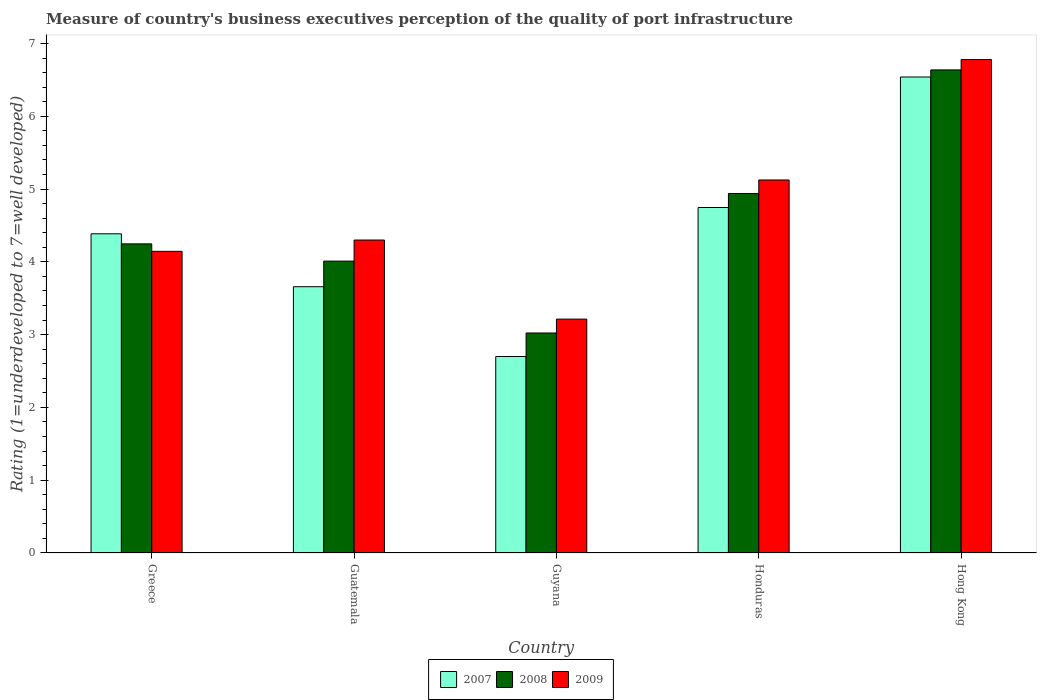
| Country | 2007 | 2008 | 2009 |
 | --- | --- | --- | --- |
 | Greece | 4.39 | 4.25 | 4.14 |
 | Guatemala | 3.66 | 4.01 | 4.3 |
 | Guyana | 2.7 | 3.02 | 3.21 |
 | Honduras | 4.75 | 4.94 | 5.12 |
 | Hong Kong | 6.54 | 6.64 | 6.78 |